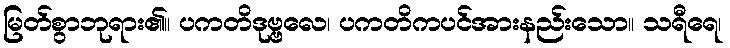
မြတ်စွာဘုရား၏။ ပကတိဒုဗ္ဗလေ၊ ပကတိကပင်အားနည်းသော။ သရီရေ၊